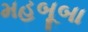
મહબૂબા